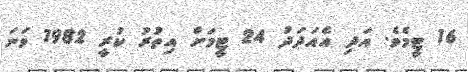
16 ޓީމެވެ. އަދި އެއަދަދު 24 ޓީމަށް އިތުރު ކުރީ 1982 ވަނަ